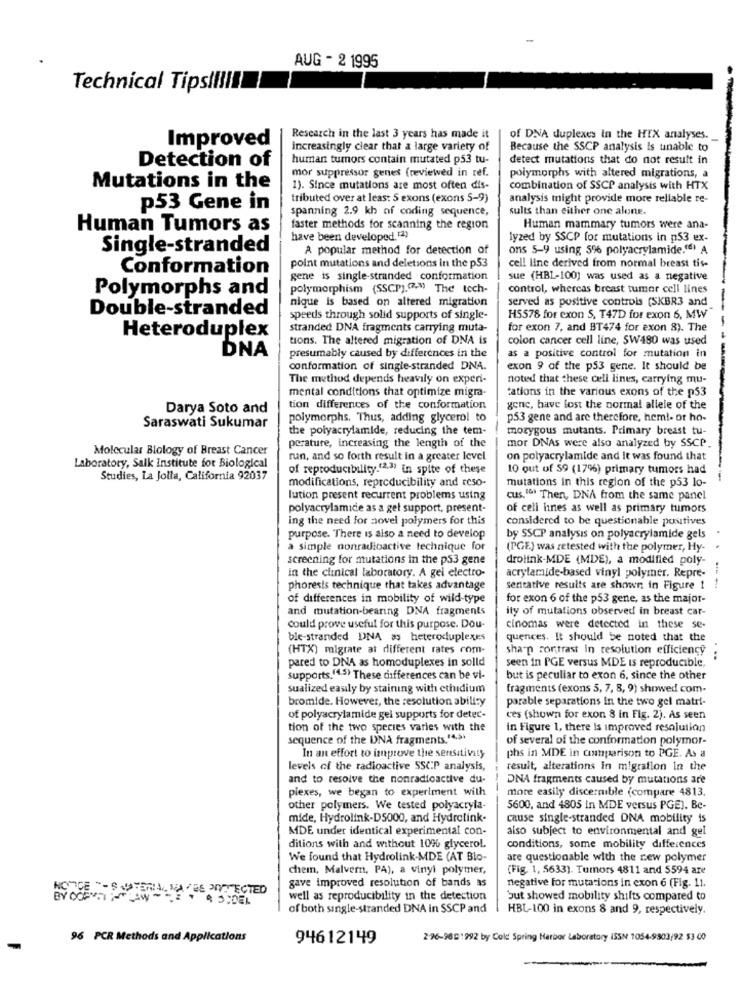
AUG - 2 1995
Technical Tipsllll
Improved
Research in the last 3 years has made it
of DNA duplexes in the HIX analyses.
increasingly clear that a large variety of
Because the SSCP analysis is unable to
human tumors contain mutated p53 tu-
detect mutations that do not result in
Detection of
mor suppressor genes (reviewed in ref.
polymorphs with altered migrations, a
Mutations in the
1). Since mutations are most often dis-
combination of SSCP analysis with HTX
tributed over at least 5 exons (exons 5-9)
analysis might provide more reliable re-
p53 Gene in
spanning 2.9 kh of coding sequence,
sults than either one alone.
Human Tumors as
faster methods for scanning the region
Human mammary tumors were ana-
have been developed. [2)
lyzed by SSCP for mutations in p53 ex-
Single-stranded
A popular method for detection of
ons 5-9 using 5% polyacrylamide.") A
Conformation
point mutations and deletions in the p53
cell line derived from normal breast tis-
gene is single-stranded conformation
sue (HBL-100) was used as a negative
Polymorphs and
polymorphism (SSCP).(.) The tech-
control, whereas breast tumor cell lines
nique is based on altered migration
served as positive controls (SKBR3 and
Double-stranded
speeds through solid supports of single-
H5578 for exon S, T47D for exon 6, MW
stranded DNA fragments carrying muta-
for exon 7, and BT474 for exon 8). The
Heteroduplex
tions. The altered migration of DNA is
colon cancer cell line, SW480 was used
DNA
presumably caused by differences in the
as a positive control for mutation in
conformation of single-stranded DNA.
exon 9 of the p53 gene. It should be
The method depends heavily on experi-
noted that these cell lines, carrying mu-
mental conditions that optimize migra-
tations in the various exons of the p53
Darya Soto and
tion differences of the conformation
gene, have lost the normal allele of the
polymorphs. Thus, adding glycerol to
p53 gene and are therefore, hem !- or ho-
Saraswati Sukumar
the polyacrylamide, reducing the tem-
mozygous mutants. Primary breast tu-
Molecular Biology of Breast Cancer
perature, increasing the length of the
mor DNAs were also analyzed by SSCP.
run, and so forth result in a greater level
on polyacrylamide and It was found that
Laboratory, Salk Institute for Biological
of reproducibility.(23) in spite of these
10 out of 59 (17%) primary tumors had
Studies, La Jolla, California 92037
modifications, reproducibility and reso-
mutations in this region of the p53 lo-
lution present recurrent problems using
cus." Then, DNA from the same panel
polyacrylamide as a gel support, present-
of cell lines as well as primary tumors
ing the need for aovel polymers for this
considered to be questionable positives
purpose. There is also a need to develop
by SSCP analysis on polyacrylamide gels
a simple nonradioactive technique for
(PGE) was retested with the polymer, Hy-
screening for mutations in the p53 gene
drolink-MDE (MDE), a modified poly-
in the clinical laboratory. A gel electro-
acrylamide-based vinyl polymer. Repre-
phoresis technique that takes advantage
sentative results are shown in Figure 1
of differences in mobility of wild-type
for exon 6 of the p53 gene, as the major-
and mutation-bearing DNA fragments
ity of mutations observed in breast car-
could prove useful for this purpose. Dou-
cinomas were detected in these se-
ble-stranded DNA as heterocuplexes
quences. It should be noted that the
(HTX) migrate at different rates com-
sharp contrast in resolution efficiency .
pared to DNA as homoduplexes in solld
seen in PGE versus MDE is reproducible,
supports.(4 5) These differences can be vi-
but is peculiar to exon 6, since the other
sualized easily by staining with ctiudium
fragments (exons 5, 7, 8, 9) showed com-
bromide. However, the resolution ability
parable separations in the two gel matr !-
of polyacrylamide gel supports for detec-
ces (shown for exon 8 in Fig. 2). As seen
tion of the two species varies with the
in Figure 1, there is improved resolution
sequence of the DNA fragments.14.>'
of several of the conformation polymor-
In an effort to inprove the sensitivity
phs in MDE in comparison to PGE. As a
levels of the radioactive SSCP analysis,
result, alterations in migration in the
and to resolve the nonradioactive du-
DNA fragments caused by mutations are
plexes, we began to experiment with
more easily discernible (compare 4813.
other polymers. We tested polyacryla-
5600, and 4805 in MDE versus PGE). Be-
mide, Hydrolink-D5000, and Hydrolink-
cause single-stranded DNA mobility is
MDE under identical experimental con-
also subject to environmental and gel
ditions with and without 10% glycerol.
conditions, some mobility differences
We found that Hydrolink-MDE (AT Blo-
are questionable with the new polymer
chem, Malvern, PA), a vinyl polymer,
(Fig. 1, 5633). Tumors 4811 and $594 are
NC
E "-SISTEMA, MA VES JOYS ECTED
gave improved resolution of bands as
negative for mutations in exon 6 (Fig. 11.
well as reproducibility in the detection
but showed mobility shifts compared to
of both single-stranded DNA in SSCP and
HBL-100 in exons 8 and 9, respectively.
96 PCR Methods and Applications
94612149
296-9801992 by Cold Spring Harbor Laboratory ISSN 1054-9503/92 $3 00
-